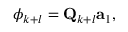
\phi _ { k + l } = \mathbf { Q } _ { k + l } \mathbf { a } _ { 1 } ,